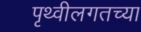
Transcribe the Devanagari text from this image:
पृथ्वीलगतच्या